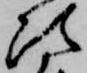
次